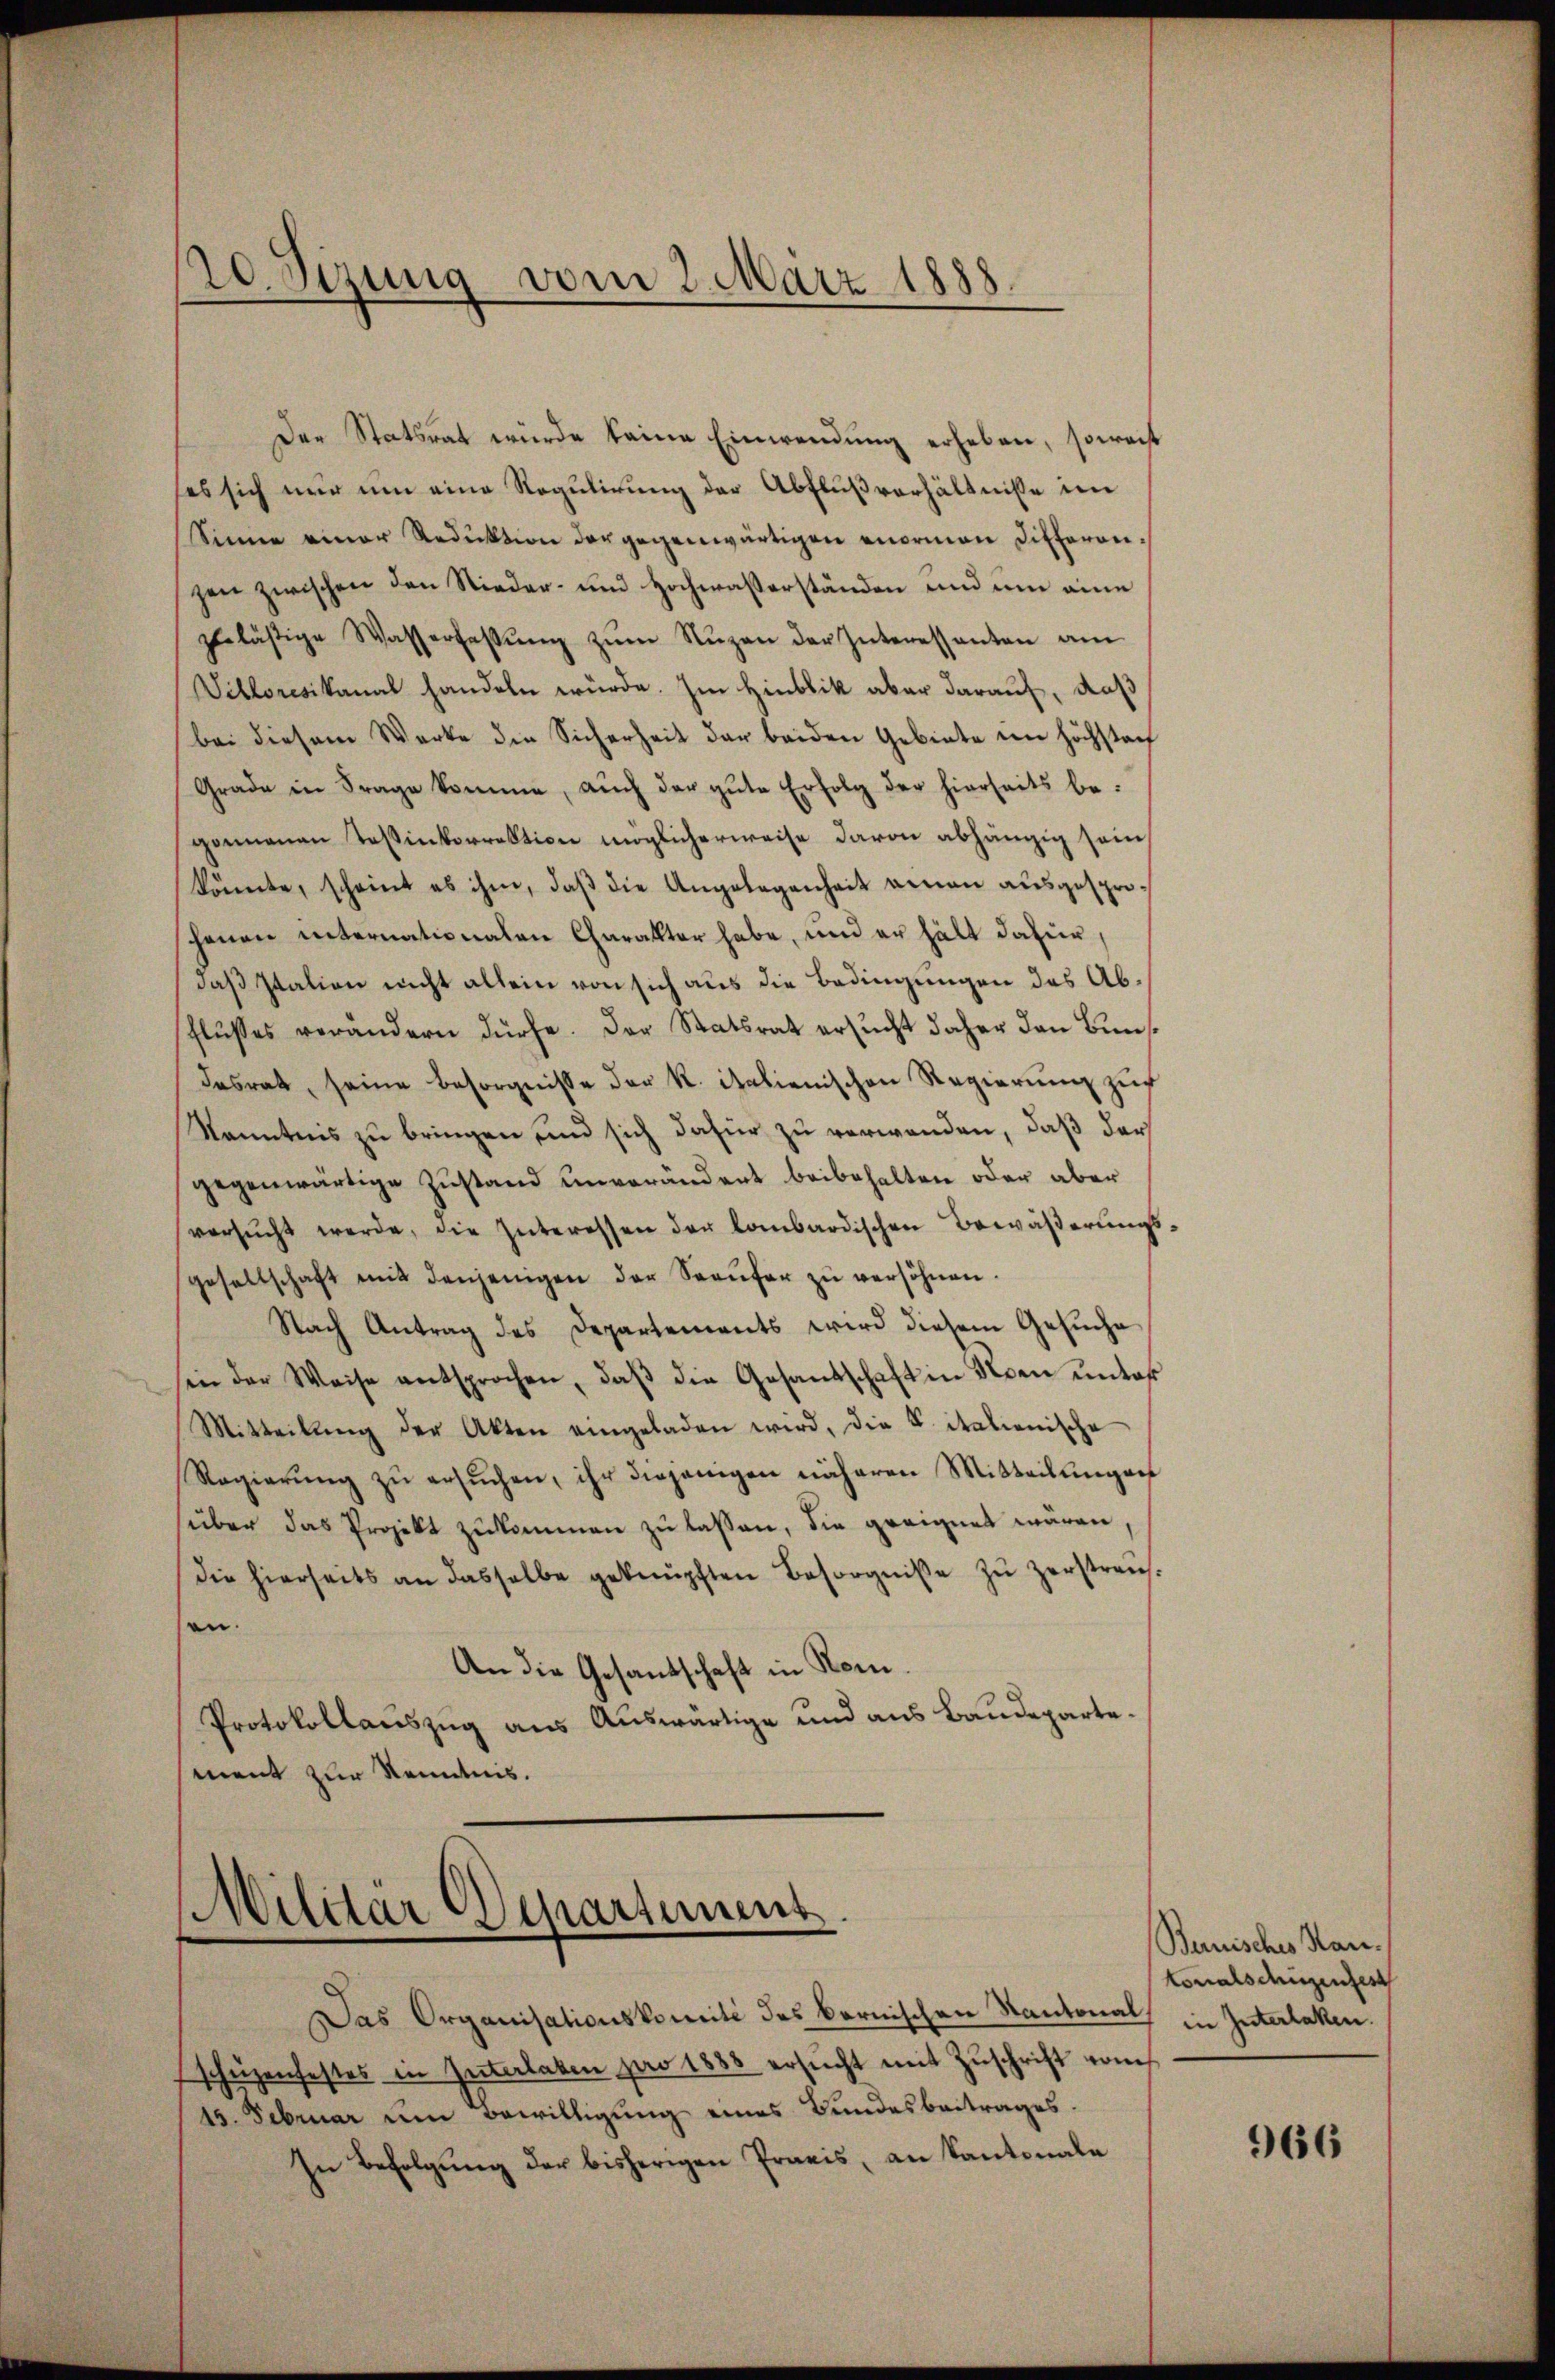
20. Sizung vom 2. März 1888.

Der Statsrat wurde keine Einwendung erheben, soweit
ses sich nur um eine Regulirung der Abflußverhältnisse im
Sinne einer Reduktion der gegenwärtigen vormann Litteronzen zwischen den Nieder- und Hochwasserständen und um eine
zelästige Wasserfassŭng zŭm Nŭzen der Interessanten am
Viktoresikanal handeln würde. Im Hinblik aber darauf, daß
bei diesem Werke die Sicherheit der beiden Gebiete im höchstan
Grade in Frage komme, auch der gute Erfolg der hierseits begomanen Teßinkorrektion möglicherweise davon abhängig sein
könnte, scheint es ihm, daß die Angelegenheit einen ausgesprohenen internationalen Charakter habe, und er hält dafür,
daß Italien nicht allein von sich aus die Bedingungen des Abflusses verändern dürfe. Der Statsrat ersucht daher den Bundesrat, seine Besorgnisse der K. italienischen Regierŭng zuf
Kenntnis zŭ bringen und sich dafür zu verwenden, daß der
gegenwärtige Zustand unverändert beibehalten oder aber
versŭcht werde, die Interessen der lombardischen Bewäßerungs
gesellschaft mit denjenigen der Seeŭfer zŭ versöhnen.
Nach Antrag des Departements wird diesem Gesŭche
sen der Weise entsprochen, daβ die Gesandschaft in Neben unter
Mitteilŭng der Akten eingeladen wird, die S. italienische
Regierŭng zŭ ersŭchen, ihr diejenigen näheren Mitteilungen
süber das Projekt zukommen zu lassen, die geeignet wären,
Die hierseits an dasselbe geknüpften Besorgniße zŭ zerstrausen.
An die Gesandschaft in Rom.
Protokollauszug aus Auswärtige und aus Baudepartement zur Kenntnis.

Militär Departement

Das Organisationskomité des bernischen Kantonals in Interlaken.
schüzenfestes in Interlaken pro 1888 ersucht mit Zuschrift vom
15. Februar um Bewilligung eines Bundesbeitrages.
In Befolgŭng der bisherigen Praxis, an Kantonale

Bauisches Han
tonalschigentest

966